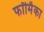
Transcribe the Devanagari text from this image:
फॉर्मिका